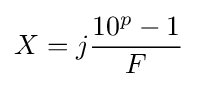
X=j{\frac {10^{p}-1}{F}}